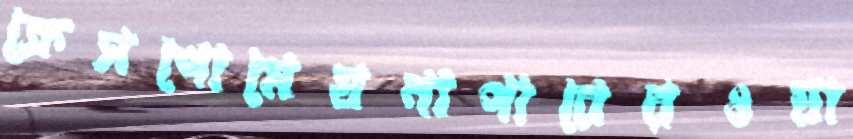
ক্রেসপোমেঘনাপারেরওয়া